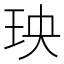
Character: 𤤠